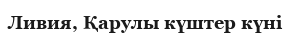
Ливия, Қарулы күштер күні